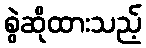
စွဲဆိုထားသည့်